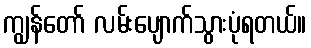
ကျွန်တော် လမ်းပျောက်သွားပုံရတယ်။